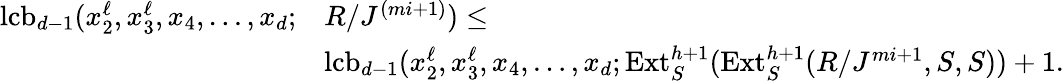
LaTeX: \begin{array}{rl}{\operatorname{lcb}_{d-1}(x_{2}^{\ell},x_{3}^{\ell},x_{4},\ldots,x_{d};}&{R/J^{(mi+1)})\leq}\\ &{\operatorname{lcb}_{d-1}(x_{2}^{\ell},x_{3}^{\ell},x_{4},\ldots,x_{d};\operatorname{Ext}_{S}^{h+1}(\operatorname{Ext}_{S}^{h+1}(R/J^{mi+1},S,S))+1.}\end{array}